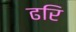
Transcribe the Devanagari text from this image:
ढरि